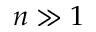
n \gg 1